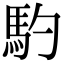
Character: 馰